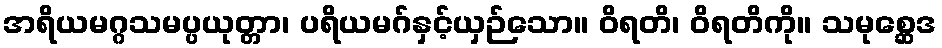
အရိယမဂ္ဂသမပ္ပယုတ္တာ၊ ပရိယမဂ်နှင့်ယှဉ်သော။ ဝိရတိ၊ ဝိရတိကို။ သမုစ္ဆေဒ